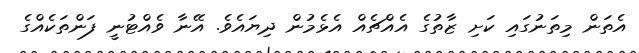
އެތަން މިތަނުގައި ކަށި ޒާތުގެ އެއްޗެއް އެޅެމުން ދިޔައެވެ. އޭނާ ވެއްޓުނީ ފަންތަކެއްގެ